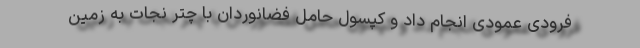
فرودی عمودی انجام داد و کپسول حامل فضانوردان با چتر نجات به زمین